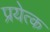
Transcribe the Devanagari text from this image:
प्रयेत्क